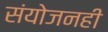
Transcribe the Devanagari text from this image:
संयोजनही